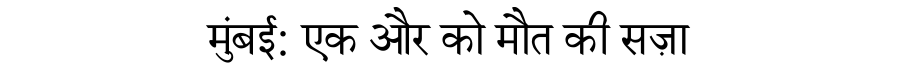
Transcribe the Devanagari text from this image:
मुंबई: एक और को मौत की सज़ा